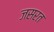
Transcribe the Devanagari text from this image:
जसरत